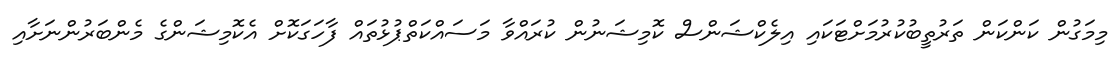
މިމަގުން ކަންކަން ތަރުތީބުކުރުމަށްޓަކައި އިލެކްޝަންސް ކޮމިޝަނުން ކުރައްވާ މަސައްކަތްޕުޅުތައް ފާހަގަކޮށް އެކޮމިޝަންގެ މެންބަރުންނަށާއި